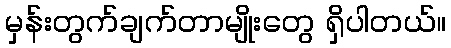
မှန်းတွက်ချက်တာမျိုးတွေ ရှိပါတယ်။